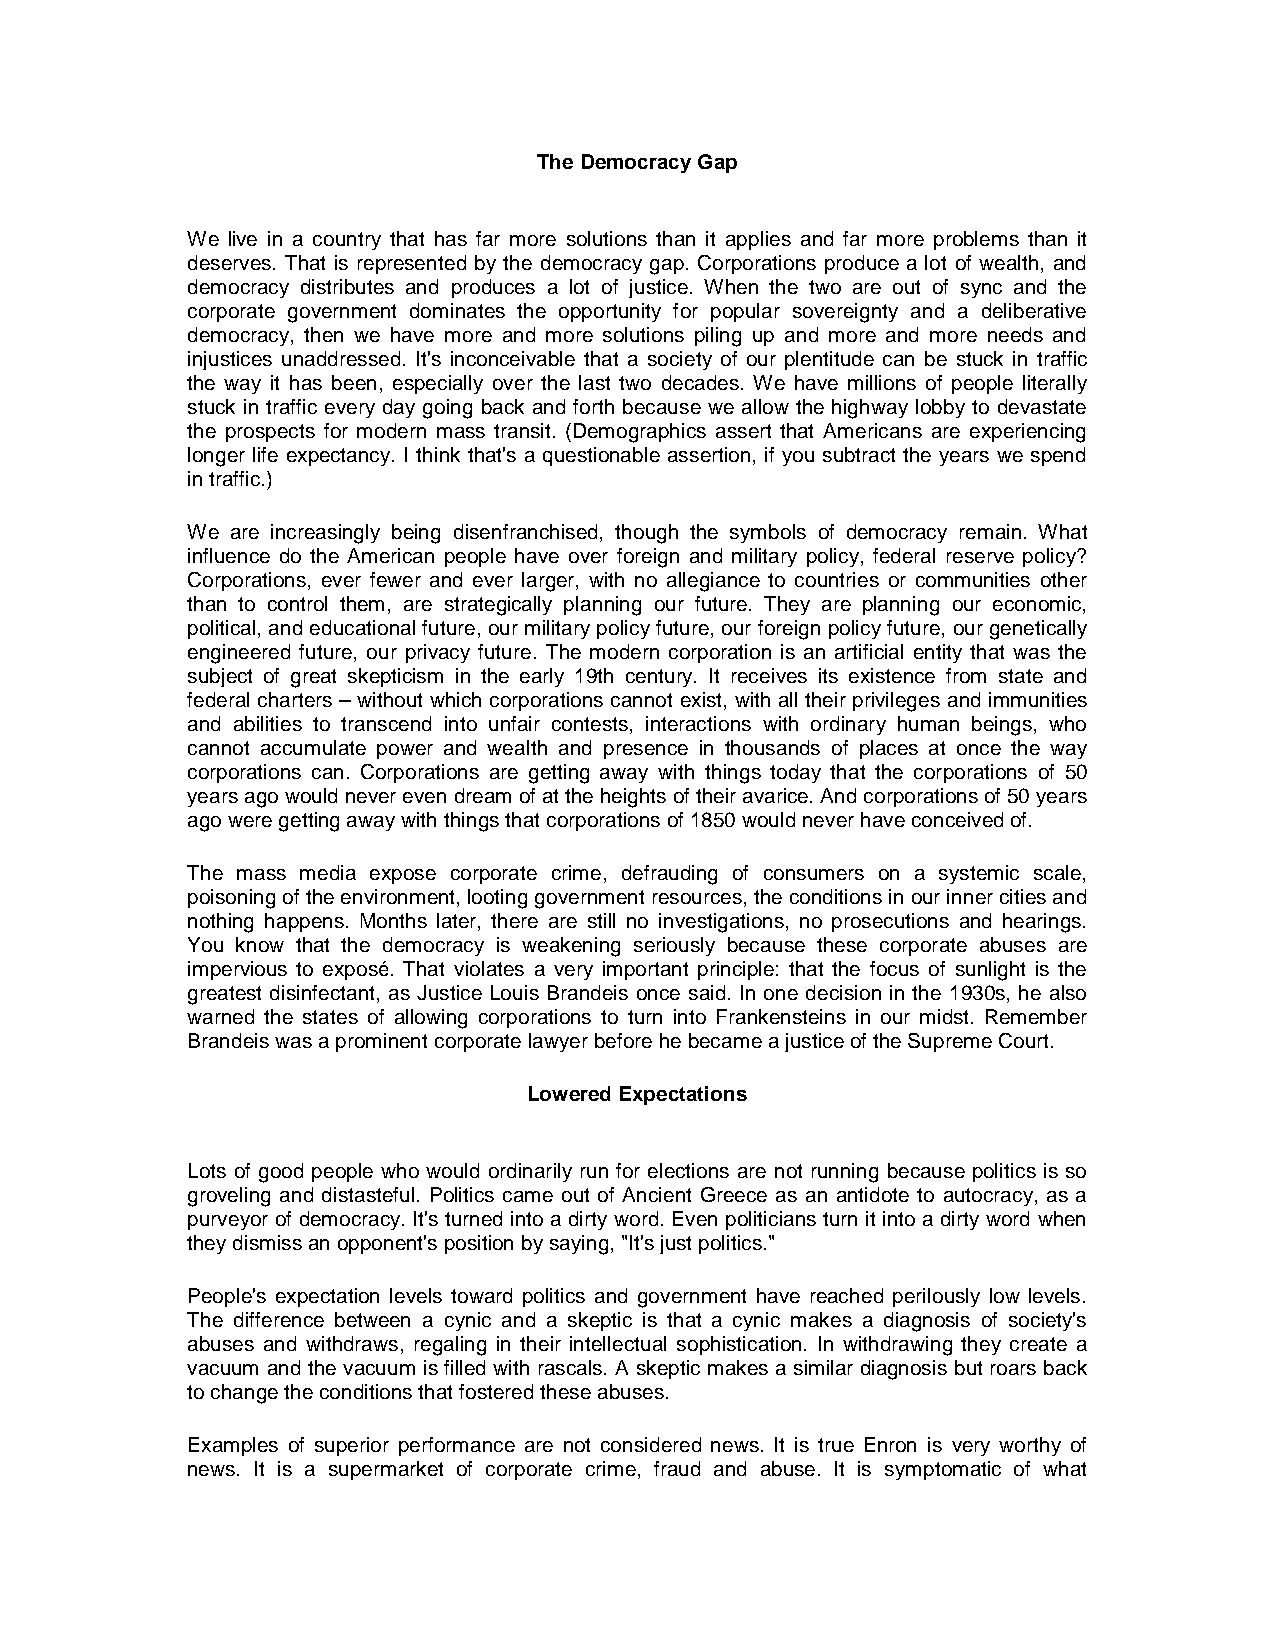
The Democracy Gap
 We live in a country that has far more solutions than it applies and far more problems than it
 deserves. That is represented by the democracy gap. Corporations produce a lot of wealth, and
 democracy distributes and produces a lot of justice. When the two are out of sync and the
 corporate government dominates the opportunity for popular sovereignty and a deliberative
 democracy, then we have more and more solutions piling up and more and more needs and
 injustices unaddressed. It's inconceivable that a society of our plentitude can be stuck in traffic
 the way it has been, especially over the last two decades. We have millions of people literally
 stuck in traffic every day going back and forth because we allow the highway lobby to devastate
 the prospects for modern mass transit. (Demographics assert that Americans are experiencing
 longer life expectancy. I think that's a questionable assertion, if you subtract the years we spend
 in traffic.)
 We are increasingly being disenfranchised, though the symbols of democracy remain. What
 influence do the American people have over foreign and military policy, federal reserve policy?
 Corporations, ever fewer and ever larger, with no allegiance to countries or communities other
 than to control them, are strategically planning our future. They are planning our economic,
 political, and educational future, our military policy future, our foreign policy future, our genetically
 engineered future, our privacy future. The modern corporation is an artificial entity that was the
 subject of great skepticism in the early 19th century. It receives its existence from state and
 federal charters – without which corporations cannot exist, with all their privileges and immunities
 and abilities to transcend into unfair contests, interactions with ordinary human beings, who
 cannot accumulate power and wealth and presence in thousands of places at once the way
 corporations can. Corporations are getting away with things today that the corporations of 50
 years ago would never even dream of at the heights of their avarice. And corporations of 50 years
 ago were getting away with things that corporations of 1850 would never have conceived of.
 The mass media expose corporate crime, defrauding of consumers on a systemic scale,
 poisoning of the environment, looting government resources, the conditions in our inner cities and
 nothing happens. Months later, there are still no investigations, no prosecutions and hearings.
 You know that the democracy is weakening seriously because these corporate abuses are
 impervious to exposé. That violates a very important principle: that the focus of sunlight is the
 greatest disinfectant, as Justice Louis Brandeis once said. In one decision in the 1930s, he also
 warned the states of allowing corporations to turn into Frankensteins in our midst. Remember
 Brandeis was a prominent corporate lawyer before he became a justice of the Supreme Court.
 Lowered Expectations
 Lots of good people who would ordinarily run for elections are not running because politics is so
 groveling and distasteful. Politics came out of Ancient Greece as an antidote to autocracy, as a
 purveyor of democracy. It's turned into a dirty word. Even politicians turn it into a dirty word when
 they dismiss an opponent's position by saying, "It's just politics."
 People's expectation levels toward politics and government have reached perilously low levels.
 The difference between a cynic and a skeptic is that a cynic makes a diagnosis of society's
 abuses and withdraws, regaling in their intellectual sophistication. In withdrawing they create a
 vacuum and the vacuum is filled with rascals. A skeptic makes a similar diagnosis but roars back
 to change the conditions that fostered these abuses.
 Examples of superior performance are not considered news. It is true Enron is very worthy of
 news. It is a supermarket of corporate crime, fraud and abuse. It is symptomatic of what